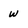
Character: w